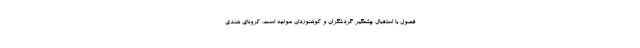
فصول با استقبال چشمگیر گردشگران و کوهنوردان مواجه است. کرونای هندی